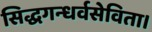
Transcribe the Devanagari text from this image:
सिद्धगन्धर्वसेविता।